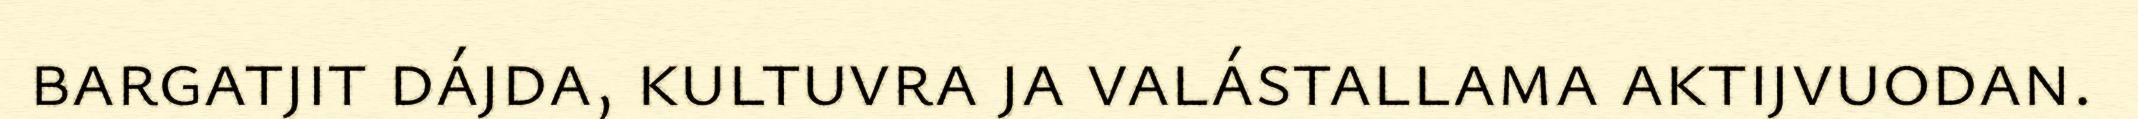
bargatjit dájda, kultuvra ja valástallama aktijvuodan.